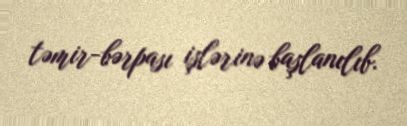
təmir-bərpası işlərinə başlanılıb.